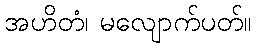
အဟိတံ၊ မလျောက်ပတ်။